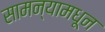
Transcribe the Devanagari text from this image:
सामन्यामधून